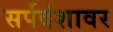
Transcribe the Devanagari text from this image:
सर्पदंशावर